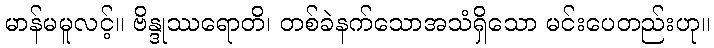
မာန်မမူလင့်။ ဗိန္ဒုဿရောတိ၊ တစ်ခဲနက်သောအသံရှိသော မင်းပေတည်းဟု။